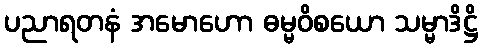
ပညာရတနံ အမောဟော ဓမ္မဝိစယော သမ္မာဒိဋ္ဌိ